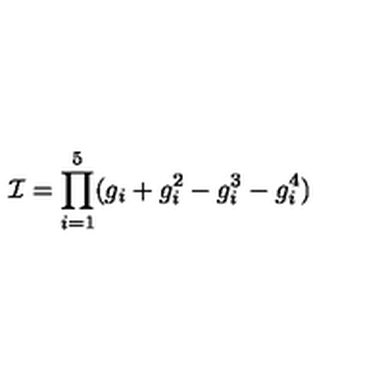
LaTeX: { \cal I } = \prod _ { i = 1 } ^ { 5 } ( g _ { i } + g _ { i } ^ { 2 } - g _ { i } ^ { 3 } - g _ { i } ^ { 4 } )